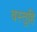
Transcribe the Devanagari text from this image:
वस्तूहि